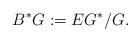
LaTeX: \begin{align*}B^*G := EG^*/G.\end{align*}